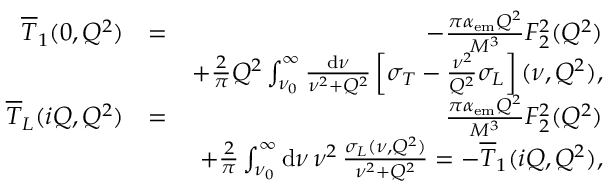
\begin{array} { r l r } { \overline { T } _ { 1 } ( 0 , Q ^ { 2 } ) } & { = } & { - \frac { \pi \alpha _ { \mathrm { e m } } Q ^ { 2 } } { M ^ { 3 } } F _ { 2 } ^ { 2 } ( Q ^ { 2 } ) } \\ & { } & { + \frac { 2 } { \pi } Q ^ { 2 } \int _ { \nu _ { 0 } } ^ { \infty } \frac { \mathrm { d } \nu } { \nu ^ { 2 } + Q ^ { 2 } } \left[ \sigma _ { T } - \frac { \nu ^ { 2 } } { Q ^ { 2 } } \sigma _ { L } \right] ( \nu , Q ^ { 2 } ) , } \\ { \overline { T } _ { L } ( i Q , Q ^ { 2 } ) } & { = } & { \frac { \pi \alpha _ { \mathrm { e m } } Q ^ { 2 } } { M ^ { 3 } } F _ { 2 } ^ { 2 } ( Q ^ { 2 } ) } \\ & { } & { + \frac { 2 } { \pi } \int _ { \nu _ { 0 } } ^ { \infty } \mathrm { d } \nu \, \nu ^ { 2 } \, \frac { \sigma _ { L } ( \nu , Q ^ { 2 } ) } { \nu ^ { 2 } + Q ^ { 2 } } = - \overline { T } _ { 1 } ( i Q , Q ^ { 2 } ) , } \end{array}